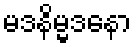
မဒနိမ္မဒနော